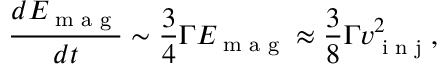
\frac { d E _ { \textrm { m a g } } } { d t } \sim \frac { 3 } { 4 } \Gamma E _ { \textrm { m a g } } \approx \frac { 3 } { 8 } \Gamma v _ { \textrm { i n j } } ^ { 2 } ,